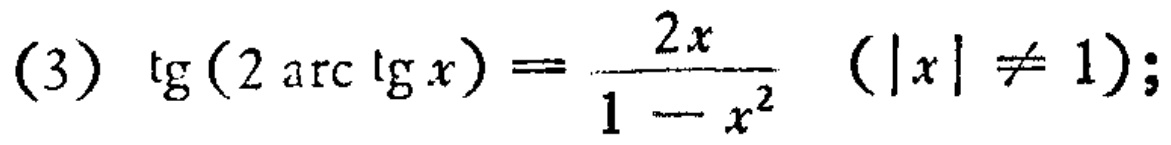
\(\text{(3) }\tg(2\operatorname{arc}\tg x)=\frac{2x}{1 - x^{2}}\ (\vert x\vert\neq 1);\)